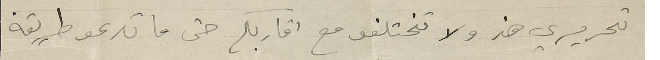
تحريري هذ ولا تختلفو مع اقاربكم حتى ما تدعو طريقة